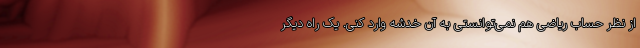
از نظر حساب ریاضی هم نمی‌توانستی به آن خدشه وارد کنی. یک راه دیگر